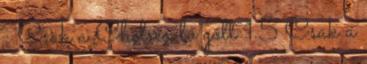
: Csak a Chelsea lő gólt 1.5 Csak a